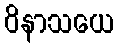
ဝိနာသယေ